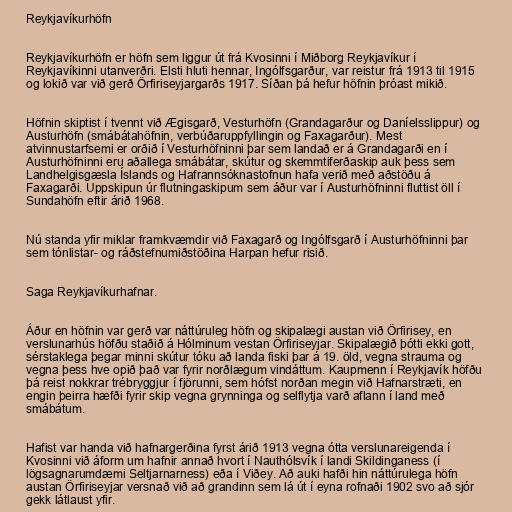
Reykjavíkurhöfn

Reykjavíkurhöfn er höfn sem liggur út frá Kvosinni í Miðborg Reykjavíkur í
Reykjavíkinni utanverðri. Elsti hluti hennar, Ingólfsgarður, var reistur frá 1913 til 1915
og lokið var við gerð Örfiriseyjargarðs 1917. Síðan þá hefur höfnin þróast mikið.

Höfnin skiptist í tvennt við Ægisgarð, Vesturhöfn (Grandagarður og Daníelsslippur) og
Austurhöfn (smábátahöfnin, verbúðaruppfyllingin og Faxagarður). Mest
atvinnustarfsemi er orðið í Vesturhöfninni þar sem landað er á Grandagarði en í
Austurhöfninni eru aðallega smábátar, skútur og skemmtiferðaskip auk þess sem
Landhelgisgæsla Íslands og Hafrannsóknastofnun hafa verið með aðstöðu á
Faxagarði. Uppskipun úr flutningaskipum sem áður var í Austurhöfninni fluttist öll í
Sundahöfn eftir árið 1968.

Nú standa yfir miklar framkvæmdir við Faxagarð og Ingólfsgarð í Austurhöfninni þar
sem tónlistar- og ráðstefnumiðstöðina Harpan hefur risið.

Saga Reykjavíkurhafnar.

Áður en höfnin var gerð var náttúruleg höfn og skipalægi austan við Örfirisey, en
verslunarhús höfðu staðið á Hólminum vestan Örfiriseyjar. Skipalægið þótti ekki gott,
sérstaklega þegar minni skútur tóku að landa fiski þar á 19. öld, vegna strauma og
vegna þess hve opið það var fyrir norðlægum vindáttum. Kaupmenn í Reykjavík höfðu
þá reist nokkrar trébryggjur í fjörunni, sem hófst norðan megin við Hafnarstræti, en
engin þeirra hæfði fyrir skip vegna grynninga og selflytja varð aflann í land með
smábátum.

Hafist var handa við hafnargerðina fyrst árið 1913 vegna ótta verslunareigenda í
Kvosinni við áform um hafnir annað hvort í Nauthólsvík í landi Skildinganess (í
lögsagnarumdæmi Seltjarnarness) eða í Viðey. Að auki hafði hin náttúrulega höfn
austan Örfiriseyjar versnað við að grandinn sem lá út í eyna rofnaði 1902 svo að sjór
gekk látlaust yfir.